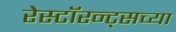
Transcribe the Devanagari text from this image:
रेस्टॉरन्ट्सच्या